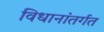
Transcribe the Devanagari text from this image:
विधानांतर्गत